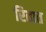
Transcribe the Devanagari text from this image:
रितात